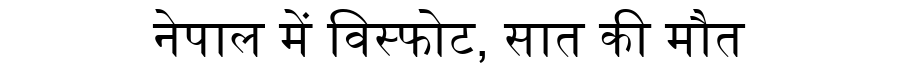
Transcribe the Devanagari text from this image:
नेपाल में विस्फोट, सात की मौत